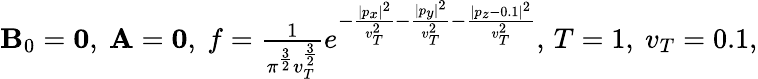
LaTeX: \begin{array}{r}{{\mathbf B}_{0}={\mathbf 0},\ {\mathbf A}={\mathbf 0},\ f=\frac{1}{\pi^{\frac{3}{2}}v_{T}^{\frac{3}{2}}}e^{-\frac{|p_{x}|^{2}}{v_{T}^{2}}-\frac{|p_{y}|^{2}}{v_{T}^{2}}-\frac{|p_{z}-0.1|^{2}}{v_{T}^{2}}},\, T=1,\ v_{T}=0.1,}\end{array}